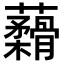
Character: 𬟟